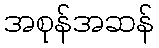
အစုန်အဆန်